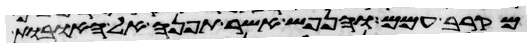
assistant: מקרב עמם והנפש אשר תפנה אל האובות